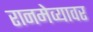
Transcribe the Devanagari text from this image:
रानमेव्यावर